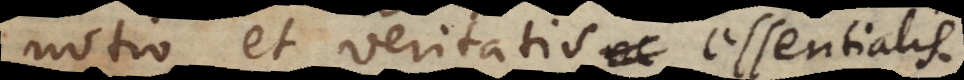
notio et veritatis essentialis.